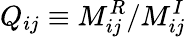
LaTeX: Q_{ij}\equiv M_{ij}^{R}/M_{ij}^{I}